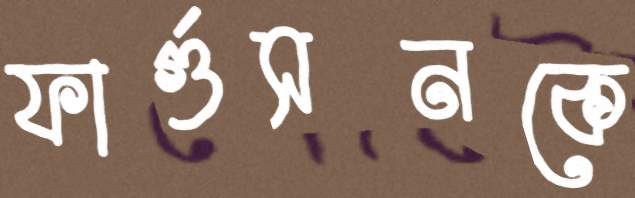
ফার্গুসনকে